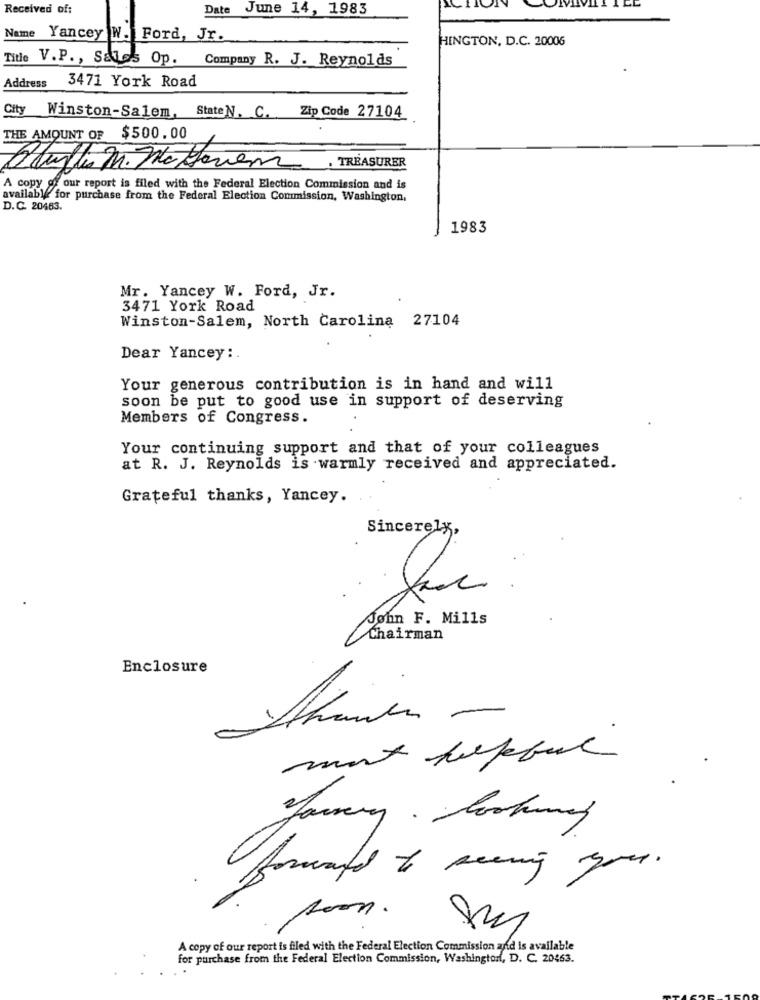
Received of:
Date June 14, 1983
Name
Yancey W. Ford, Jr.
HINGTON, D.C. 20006
Title V. P ., Sales Op. Company R. J. Reynolds
3471 York Road
Address
City
Winston-Salem, State N. C. Zip Code 27104
THE AMOUNT OF $500.00
Muyflis M. No Haviem, TREASURER
A copy of our report is filed with the Federal Election Commission and is
available for purchase from the Federal Election Commission, Washington.
D.C. 20483.
1983
Mr. Yancey W. Ford, Jr.
3471 York Road
Winston-Salem, North Carolina 27104
Dear Yancey :.
Your generous contribution is in hand and will
soon be put to good use in support of deserving
Members of Congress.
Your continuing support and that of your colleagues
at R. J. Reynolds is warmly received and appreciated.
Grateful thanks, Yancey.
Sincerely,
John F. Mills
Chairman
Enclosure
most helpful
forward to seeing you .
Room.
A copy of our report is filed with the Federal Election Commission and is available
for purchase from the Federal Election Commission, Washington, D. C. 20463.